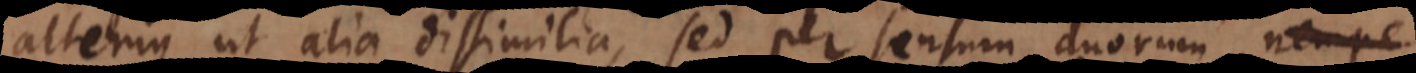
alterius ut alia dissimilia, sed per sensum duorum,